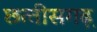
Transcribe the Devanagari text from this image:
छत्‍तीसगढ़़